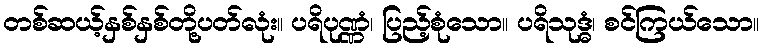
တစ်ဆယ့်နှစ်နှစ်တို့ပတ်လုံး။ ပရိပုဏ္ဏံ၊ ပြည့်စုံသော။ ပရိသုဒ္ဓံ၊ စင်ကြယ်သော။